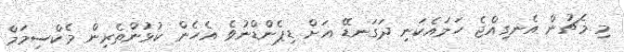
މި މެޗުން އެނގިއްޖެ ހަމައެކަނި ދަގަނޑޭ އަށް ޑިޕެންޑްނުވެ އެހެން ކުޅުންތެރިން މެކްސިމަމް